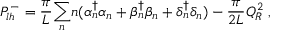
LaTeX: P _ { l h } ^ { - } = { \frac { \pi } { L } } { \sum _ { n } } n ( \alpha { _ n ^ { \dagger } } \alpha _ { n } + \beta { _ n ^ { \dagger } } \beta _ { n } + \delta { _ n ^ { \dagger } } \delta _ { n } ) - { \frac { \pi } { 2 L } } Q _ { R } ^ { 2 } \; ,